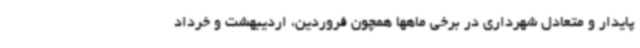
پایدار و متعادل شهرداری در برخی ماهها همچون فروردین، اردیبهشت و خرداد